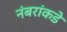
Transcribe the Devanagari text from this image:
नंबरांकडे